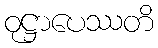
ဝုဋ္ဌာပေဿတိ